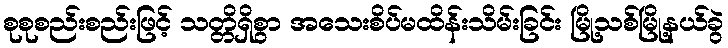
စုစုစည်းစည်းဖြင့် သတ္တိရှိစွာ အသေးစိပ်မထိန်းသိမ်းခြင်း မြို့သစ်မြို့နယ်ခွဲ